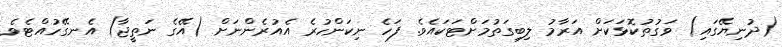
(ދުނިޔޭގައި) ވަގުތުކޮޅަކަށް އަރާމު ލިބިގަތުމަށްޓަކައެވެ. ފަހެ ނިކަންހުރެ އެއުރެންނަށް (އޭގެ ނަތީޖާ) އެނގޭހުއްޓެވެ.